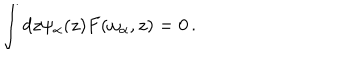
\int d z \psi _ { \alpha } ( z ) F ( \omega _ { \alpha } , z ) = 0 \, .